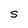
Character: s